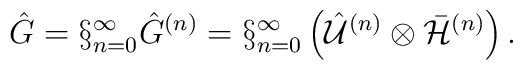
\hat{G}=\S^{\infty}_{n=0}\hat{G}^{(n)}=\S^{\infty}_{n=0}\left(\hat{\cal U}^{(n)}\otimes {\bar{\cal H}}^{(n)}\right).